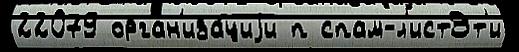
22079 орган'иза́циjи п спам-л'истЭт'и